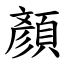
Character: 顏